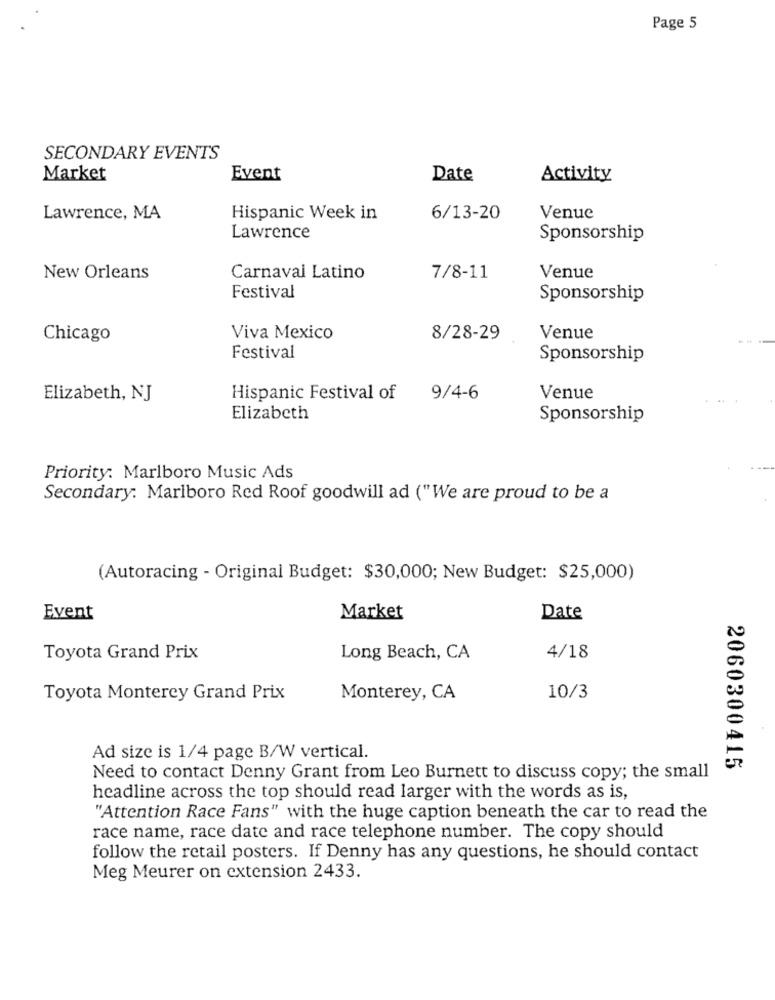
Page 5
SECONDARY EVENTS
Market
Event
Date
Activity
Lawrence, MA
Hispanic Week in
6/13-20
Venue
Lawrence
Sponsorship
New Orleans
Carnaval Latino
7/8-11
Venue
Festival
Sponsorship
Chicago
Viva Mexico
8/28-29
Venue
Festival
Sponsorship
Elizabeth, NJ
Hispanic Festival of
9/4-6
Venue
Elizabeth
Sponsorship
Priority: Marlboro Music Ads
Secondary: Marlboro Red Roof goodwill ad ("We are proud to be a
(Autoracing - Original Budget: $30,000; New Budget: $25,000)
Event
Market
Date
Toyota Grand Prix
Long Beach, CA
4/18
Toyota Monterey Grand Prix
Monterey, CA
10/3
Ad size is 1/4 page B/W vertical.
2060300415
Need to contact Denny Grant from Leo Burnett to discuss copy; the small
headline across the top should read larger with the words as is,
"Attention Race Fans" with the huge caption beneath the car to read the
race name, race date and race telephone number. The copy should
follow the retail posters. If Denny has any questions, he should contact
Meg Meurer on extension 2433.